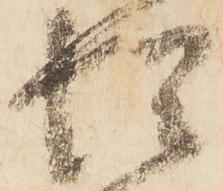
惶